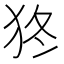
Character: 㹣